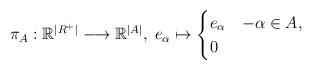
LaTeX: \begin{align*}\pi_A: \mathbb{R}^{| R^+|}\longrightarrow \mathbb{R}^{|A|}, \; e_\alpha \mapsto \begin{cases} e_\alpha & -\alpha \in A, \\0 & \end{cases}\end{align*}